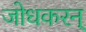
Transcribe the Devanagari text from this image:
जोधकरन्